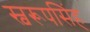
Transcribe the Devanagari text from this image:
स्वरूपसिंह